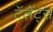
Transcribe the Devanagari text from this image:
टॅलेंट्स